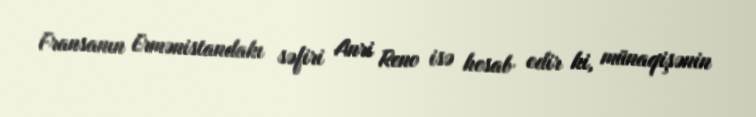
Fransanın Ermənistandakı səfiri Anri Reno isə hesab edir ki, münaqişənin